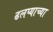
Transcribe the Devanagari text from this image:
ढलप्याच्या